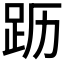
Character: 𬦣